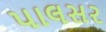
પાલસર